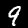
Label: 9